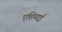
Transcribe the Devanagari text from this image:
एशियाई